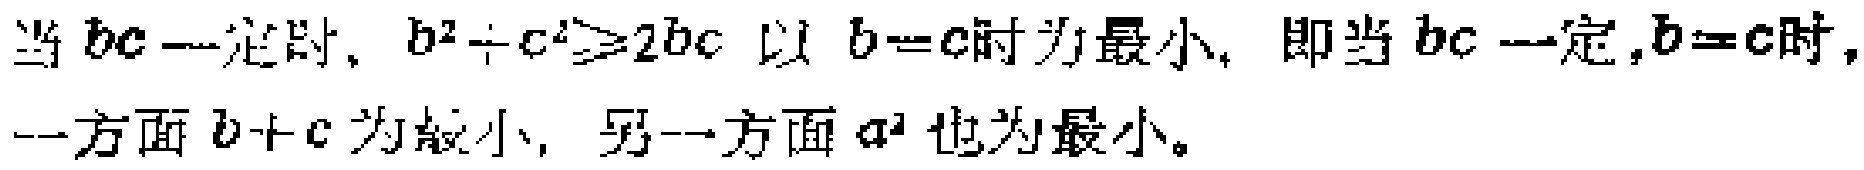
当 \(bc\) 一定时，\(b^{2}+c^{2}\geqslant2bc\) 以 \(b = c\) 时为最小，即当 \(bc\) 一定，\(b = c\) 时，一方面 \(b + c\) 为最小，另一方面 \(a^{2}\) 也为最小。